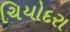
ચિયોદરા